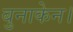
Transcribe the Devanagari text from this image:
बुनाकेन।